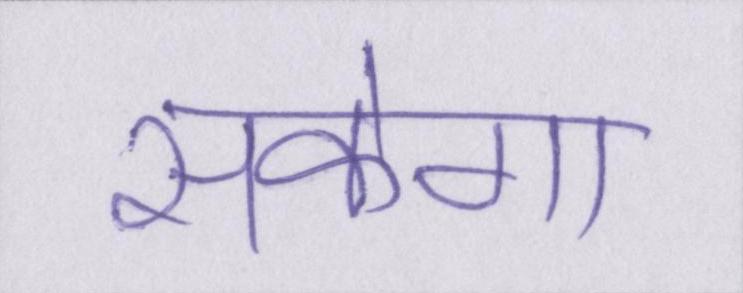
सकेगा